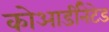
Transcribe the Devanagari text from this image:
कोआर्डीनेटेड